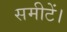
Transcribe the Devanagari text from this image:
समीटें।